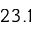
2 3 . 1